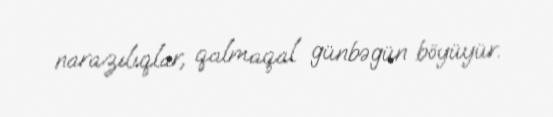
narazılıqlar, qalmaqal günbəgün böyüyür.